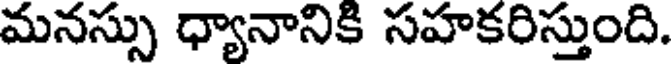
మనస్సు ధ్యానానికి సహకరిస్తుంది.